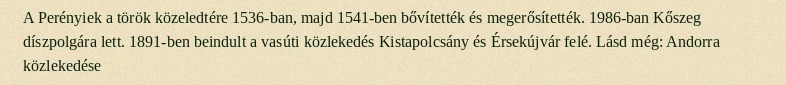
A Perényiek a török közeledtére 1536-ban, majd 1541-ben bővítették és megerősítették. 1986-ban Kőszeg díszpolgára lett. 1891-ben beindult a vasúti közlekedés Kistapolcsány és Érsekújvár felé. Lásd még: Andorra közlekedése